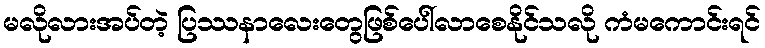
မလိုလားအပ်တဲ့ ပြဿနာလေးတွေဖြစ်ပေါ်လာစေနိုင်သလို ကံမကောင်းရင်